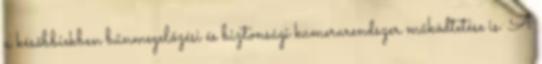
a későbbiekben bűnmegelőzési és biztonsági kamerarendszer működtetése is. A